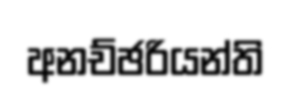
අනච්ඡරියන්ති